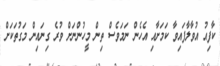
ކާފިއު އުވާލާފައިވާ ކަމަށާއި އެހެން ނަމަވެސް ތިން މީހުންނަށް ވުރެ ގިނައިން މަގުތަކަށް